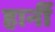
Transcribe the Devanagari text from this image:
हार्नी